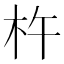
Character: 杵